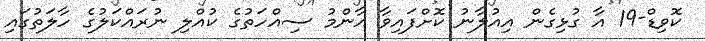
ކޮވިޑް-19 އާ ގުޅިގެން އިއުލާނު ކޮށްފައިވާ އާންމު ސިއްހަތުގެ ކުއްލި ނުރައްކަލުގެ ހާލަތުގައި